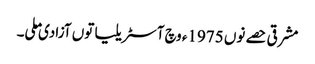
مشرقی حصے نوں 1975ء وچ آسٹریلیا توں آزادی ملی۔